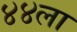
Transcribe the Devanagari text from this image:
४४ला